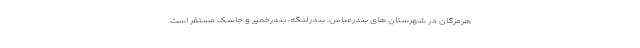
هرمزگان در شهرستان های بندرعباس، بندرلنگه، بندرخمیر و جاسک مستقر است.